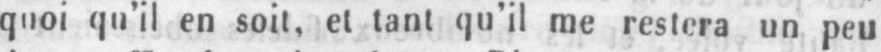
quoi qu’il en soit, et tant qu’il me restera un peu